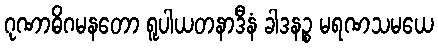
ဂုဏာဓိဂမနတော ရူပါယတနာဒီနံ ခါဒနဉ္စ မရဏသမယေ